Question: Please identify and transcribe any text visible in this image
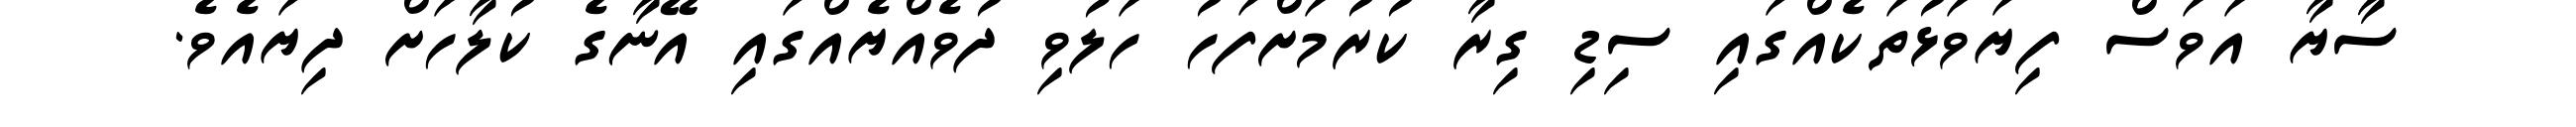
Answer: ސާޔާ އަވަސް ފިޔަވަޅުތަކެއްގައި ސިޑި ގިރާ ކުރުމަށްފަހު ހަލުވި ދުވެއްޔެއްގައި އޭނާގެ ކުލާހަށް ދިޔައެވެ.